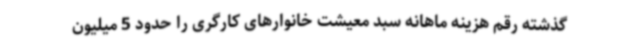
گذشته رقم هزینه ماهانه سبد معیشت خانوارهای کارگری را حدود 5 میلیون